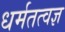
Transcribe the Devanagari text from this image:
धर्मतत्वज्ञ